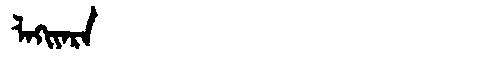
Manchu: ᠯᠠᡴᡳᠶᠠᡵᠠ
Romanization: LAKIYARA